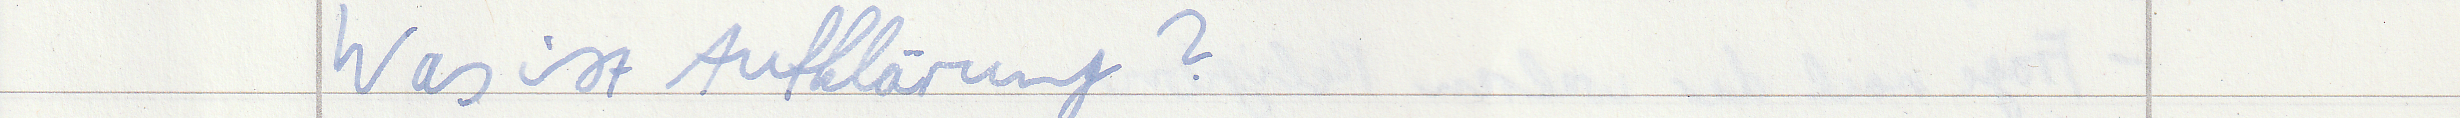
Was ist Aufklärung?